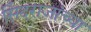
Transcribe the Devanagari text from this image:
सिंदराजांच्या